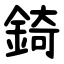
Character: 錡